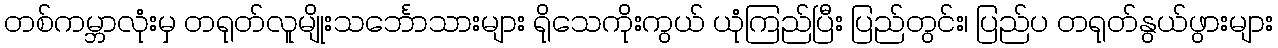
တစ်ကမ္ဘာလုံးမှ တရုတ်လူမျိုးသင်္ဘောသားများ ရိုသေကိုးကွယ် ယုံကြည်ပြီး ပြည်တွင်း၊ ပြည်ပ တရုတ်နွယ်ဖွားများ